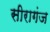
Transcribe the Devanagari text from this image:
सीरागंज